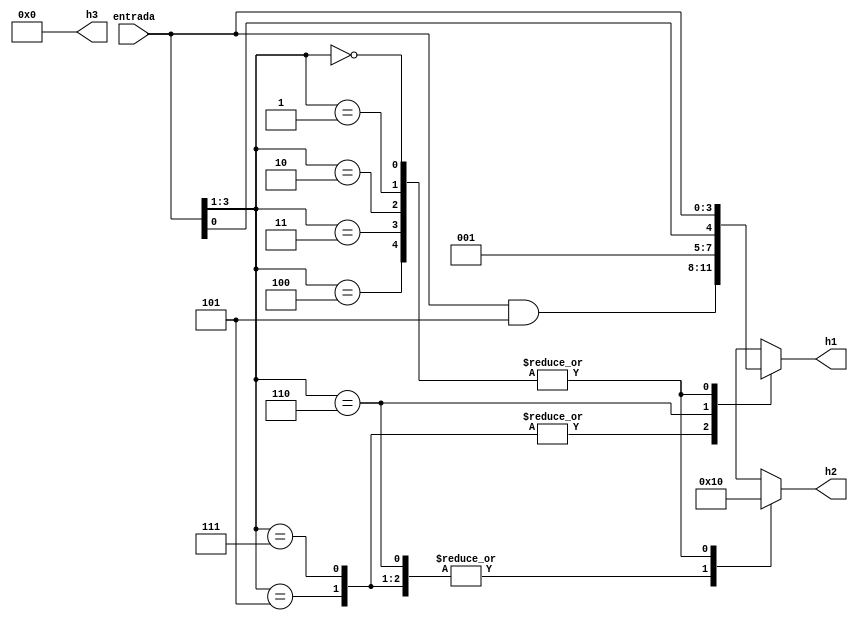
`timescale 1ns / 1ps
//////////////////////////////////////////////////////////////////////////////////
// Company: 
// Engineer: 
// 
// Design Name: 
// Module Name:    4bit_to_3hexa_digits 
// Project Name: 
// Target Devices: 
// Tool versions: 
// Description: 
//
// Dependencies: 
//
// Revision: 
// Revision 0.01 - File Created
// Additional Comments: 
//
//////////////////////////////////////////////////////////////////////////////////
module bit_to_3hexa_digits(
    input [3:0] entrada,
    output reg [3:0] h1, h2,
	 output [3:0] h3
    );

	assign h3 = 4'b0000;
	
	always @*
		case (entrada[3:1])
			3'b111, 3'b101: //3'b1?1
			begin
				h1 = (entrada & 4'b0101);
				h2 = 4'b0001;
			end
			3'b110:
			begin
				h1 = {3'b001, entrada[0]};
				h2 = 4'b0001;
			end
			3'b000, 3'b001, 3'b010, 3'b011, 3'b100: //3'b0??:
			begin
				h1 = entrada;
				h2 = 4'b0000;
			end
		endcase

endmodule